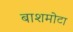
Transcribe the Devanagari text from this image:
बाशमोटा